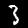
Digit: 3